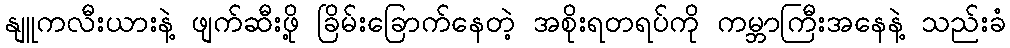
နျူကလီးယားနဲ့ ဖျက်ဆီးဖို့ ခြိမ်းခြောက်နေတဲ့ အစိုးရတရပ်ကို ကမ္ဘာကြီးအနေနဲ့ သည်းခံ